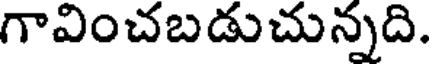
గావించబడుచున్నది.